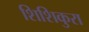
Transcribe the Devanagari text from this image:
शिशिकुरा